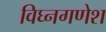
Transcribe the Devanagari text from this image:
विघ्नगणेश